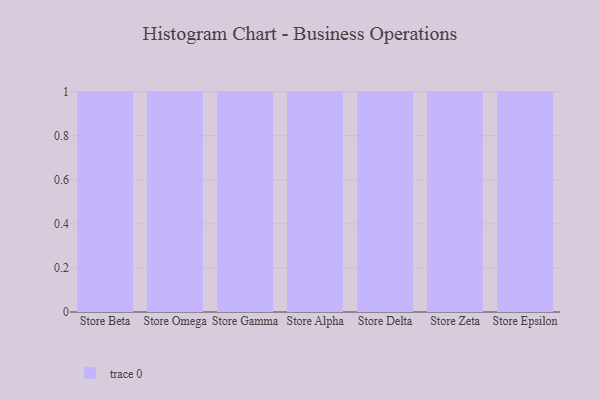
{"axis": {"x": "Store", "y": "Page Views"}, "legend": [""], "data": [{"x": "Store Beta", "y": 45, "type": ""}, {"x": "Store Omega", "y": 22, "type": ""}, {"x": "Store Gamma", "y": 99, "type": ""}, {"x": "Store Alpha", "y": 63, "type": ""}, {"x": "Store Delta", "y": 36, "type": ""}, {"x": "Store Zeta", "y": 53, "type": ""}, {"x": "Store Epsilon", "y": 5, "type": ""}]}